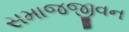
સમાજજીવન